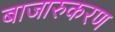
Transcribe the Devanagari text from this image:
बाजारुकरण